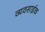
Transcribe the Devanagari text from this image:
व्यवसाईक